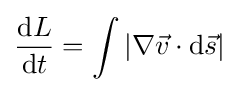
{\frac {\mathrm {d} L}{\mathrm {d} t}}=\int |\nabla {\vec {v}}\cdot \mathrm {d} {\vec {s}}|